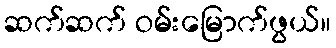
ဆက်ဆက် ဝမ်းမြောက်ဖွယ်။